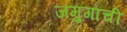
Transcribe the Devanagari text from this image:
जमुगाची